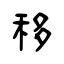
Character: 移